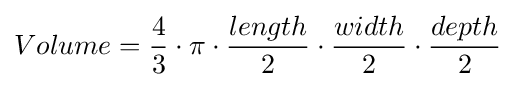
Volume={\frac {4}{3}}\cdot \pi \cdot {\frac {length}{2}}\cdot {\frac {width}{2}}\cdot {\frac {depth}{2}}